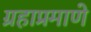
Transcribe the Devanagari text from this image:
ग्रहाप्रमाणे